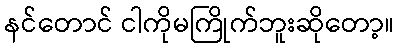
နင်တောင် ငါကိုမကြိုက်ဘူးဆိုတော့။